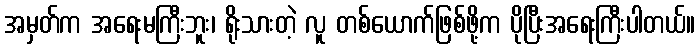
အမှတ်က အရေးမကြီးဘူး၊ ရိုးသားတဲ့ လူ တစ်ယောက်ဖြစ်ဖို့က ပိုပြီးအရေးကြီးပါတယ်။